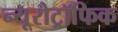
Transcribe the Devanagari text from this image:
न्यूरोट्रॉफिक